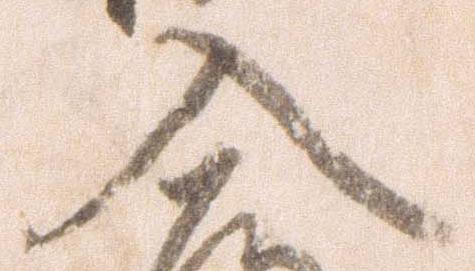
入